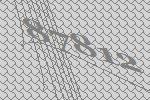
87812